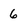
Character: 6